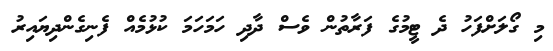
މި ގޯލަށްފަހު ދެ ޓީމުގެ ފަރާތުން ވެސް ދާދި ހަމަހަމަ ކުޅުމެއް ފެނިގެންދިޔައިރު